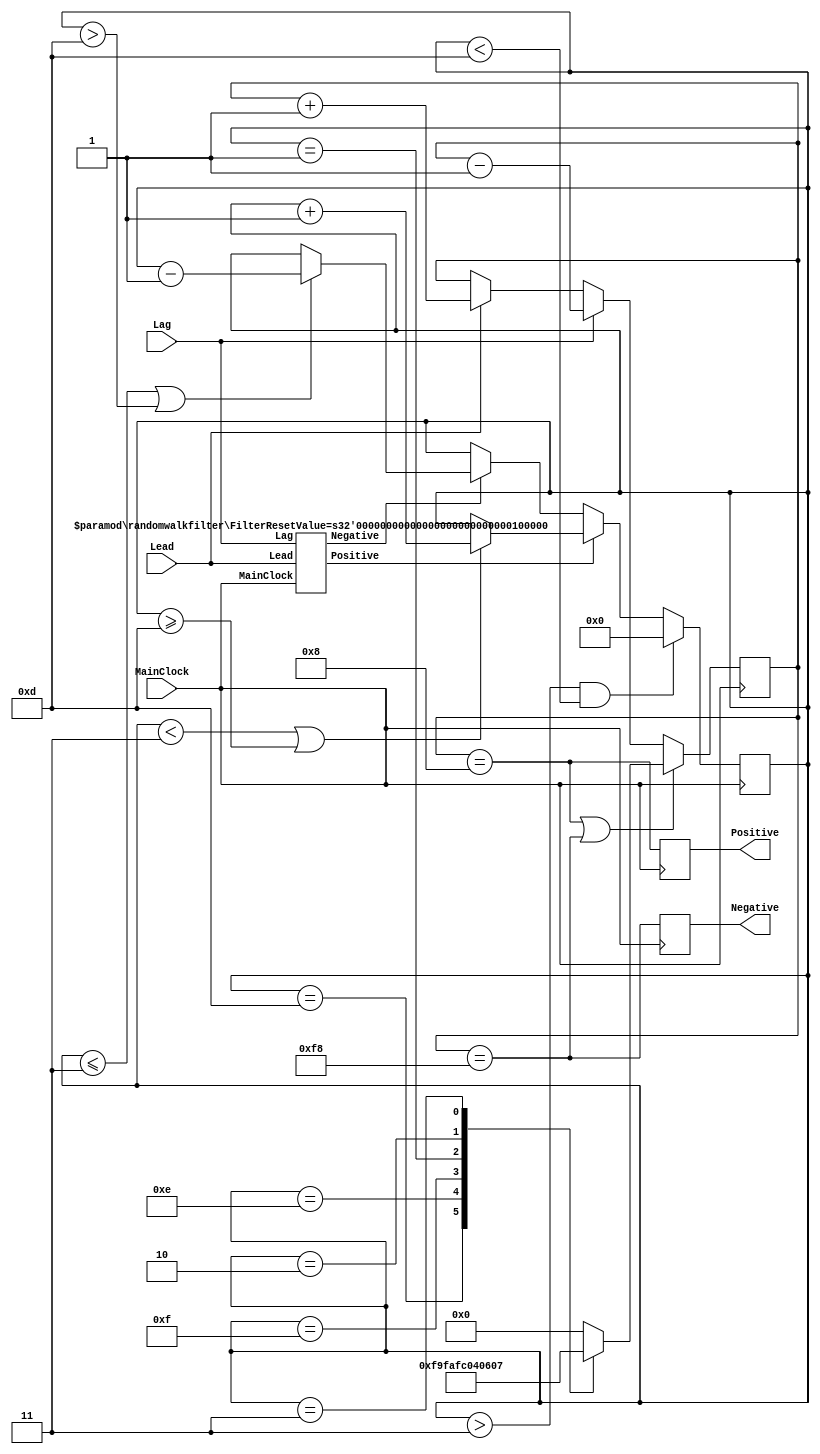

module variableresetrandomwalkfilter(MainClock, Lead, Lag, Positive, Negative);
 input  MainClock, Lead, Lag; // System Clock and Phase Comparator signals
 output Positive, Negative;   // "positive shift" and "negative shift" outputs

parameter N_FilterLength      = 8;
parameter N_FilterResetValue  = 8;
parameter N_FilterMaxValue    = N_FilterResetValue;

/* 256=2_PWR_8(counter length). Use this value because unsigned arithmetic */
parameter N_FilterMinValue    = 256 - N_FilterResetValue;

/* the counter length of reset scheme must be short */
parameter ResetterCounterLength   = 4;
parameter ResetterCounterMaxValue = 3;

/* 16=2_PWR_4 */
parameter ResetterCounterMinValue = 16 - 3;

/* counter "N - RandomWalkFilter" */ 
reg [N_FilterLength-1 : 0] N_FilterCounter;

/* connections of "M - RandomWalkFilter" */
wire Up, Down;
randomwalkfilter inst_M_Filter(.MainClock(MainClock), .Lead(Lead), .Lag(Lag),
                                             .Positive(Up), .Negative(Down));
defparam inst_M_Filter.FilterResetValue = 32;  // length "M-RWF" = 32

/* Reset Scheme. This counter changes on "M-RWF" counter */
reg [ResetterCounterLength-1 : 0] ResetterCounter;
always @(posedge MainClock)
 begin
  if(Up)
   begin
    if((ResetterCounter < ResetterCounterMaxValue) || (ResetterCounter >= ResetterCounterMinValue))
     ResetterCounter <= ResetterCounter + 1;
   end
  else if(Down)
   begin
    if((ResetterCounter <= ResetterCounterMaxValue) || (ResetterCounter > ResetterCounterMinValue))
     ResetterCounter <= ResetterCounter - 1;
   end
  if((ResetterCounter > ResetterCounterMaxValue) && (ResetterCounter < ResetterCounterMinValue))
     ResetterCounter <= 0;
 end

/* Look-Up Table between ResetterCounter value and reset state of "N-RWF" */
reg [N_FilterLength-1 : 0] ResetterValue;
always @(1)
 begin
  case(ResetterCounter)
   16 - 3:  ResetterValue = 256 - 7;
   16 - 2:  ResetterValue = 256 - 6;
   16 - 1:  ResetterValue = 256 - 4;
   0:       ResetterValue = 0;
   1:       ResetterValue = 4;
   2:       ResetterValue = 6;
   3:       ResetterValue = 7;
   default: ResetterValue = 0;
  endcase
 end

/* "N-RWF" Filter has different reset states */
/* in accordance ResetterCounter value       */
always @(posedge MainClock)
 begin
  if((N_FilterCounter == N_FilterMaxValue) || (N_FilterCounter == N_FilterMinValue))
    N_FilterCounter <= ResetterValue;
    else
     begin
      if(Lead) N_FilterCounter <= N_FilterCounter + 1;
      if(Lag)  N_FilterCounter <= N_FilterCounter - 1;
     end
 end

/* making "Lead" and "Lag" signals when  */
/* counter reached max or min levels     */
reg Positive, Negative;
always @(posedge MainClock)
 begin
  Positive <= (N_FilterCounter == N_FilterMaxValue);
  Negative <= (N_FilterCounter == N_FilterMinValue);
 end

endmodule
module randomwalkfilter(MainClock, Lead, Lag, Positive, Negative);
 input  MainClock, Lead, Lag;    // System Clock and Phase Comparator signals
 output Positive, Negative;      // "positive shift" and "negative shift" outputs

/* some parametere are accessible from outside */
parameter FilterLength      = 8;
parameter FilterResetValue  = 4;
parameter FilterMaxValue    = FilterResetValue;
parameter FilterMinValue    = 256 - FilterResetValue;

/* reversive counter */ 
reg [FilterLength-1 : 0] FilterCounter;

/* calculation of output pulses synchrinized with MainClock */
always @(posedge MainClock)
 begin
  if((FilterCounter == FilterMaxValue) || (FilterCounter == FilterMinValue))
    FilterCounter <= 0;
    else
     begin
      if(Lead) FilterCounter <= FilterCounter + 1;
      if(Lag)  FilterCounter <= FilterCounter - 1;
     end
 end

/* making "Lead" and "Lag" signals when  */
/* counter reached max or min levels     */
reg Positive, Negative;
always @(posedge MainClock)
 begin
  Positive <= (FilterCounter == FilterMaxValue);
  Negative <= (FilterCounter == FilterMinValue);
 end

endmodule